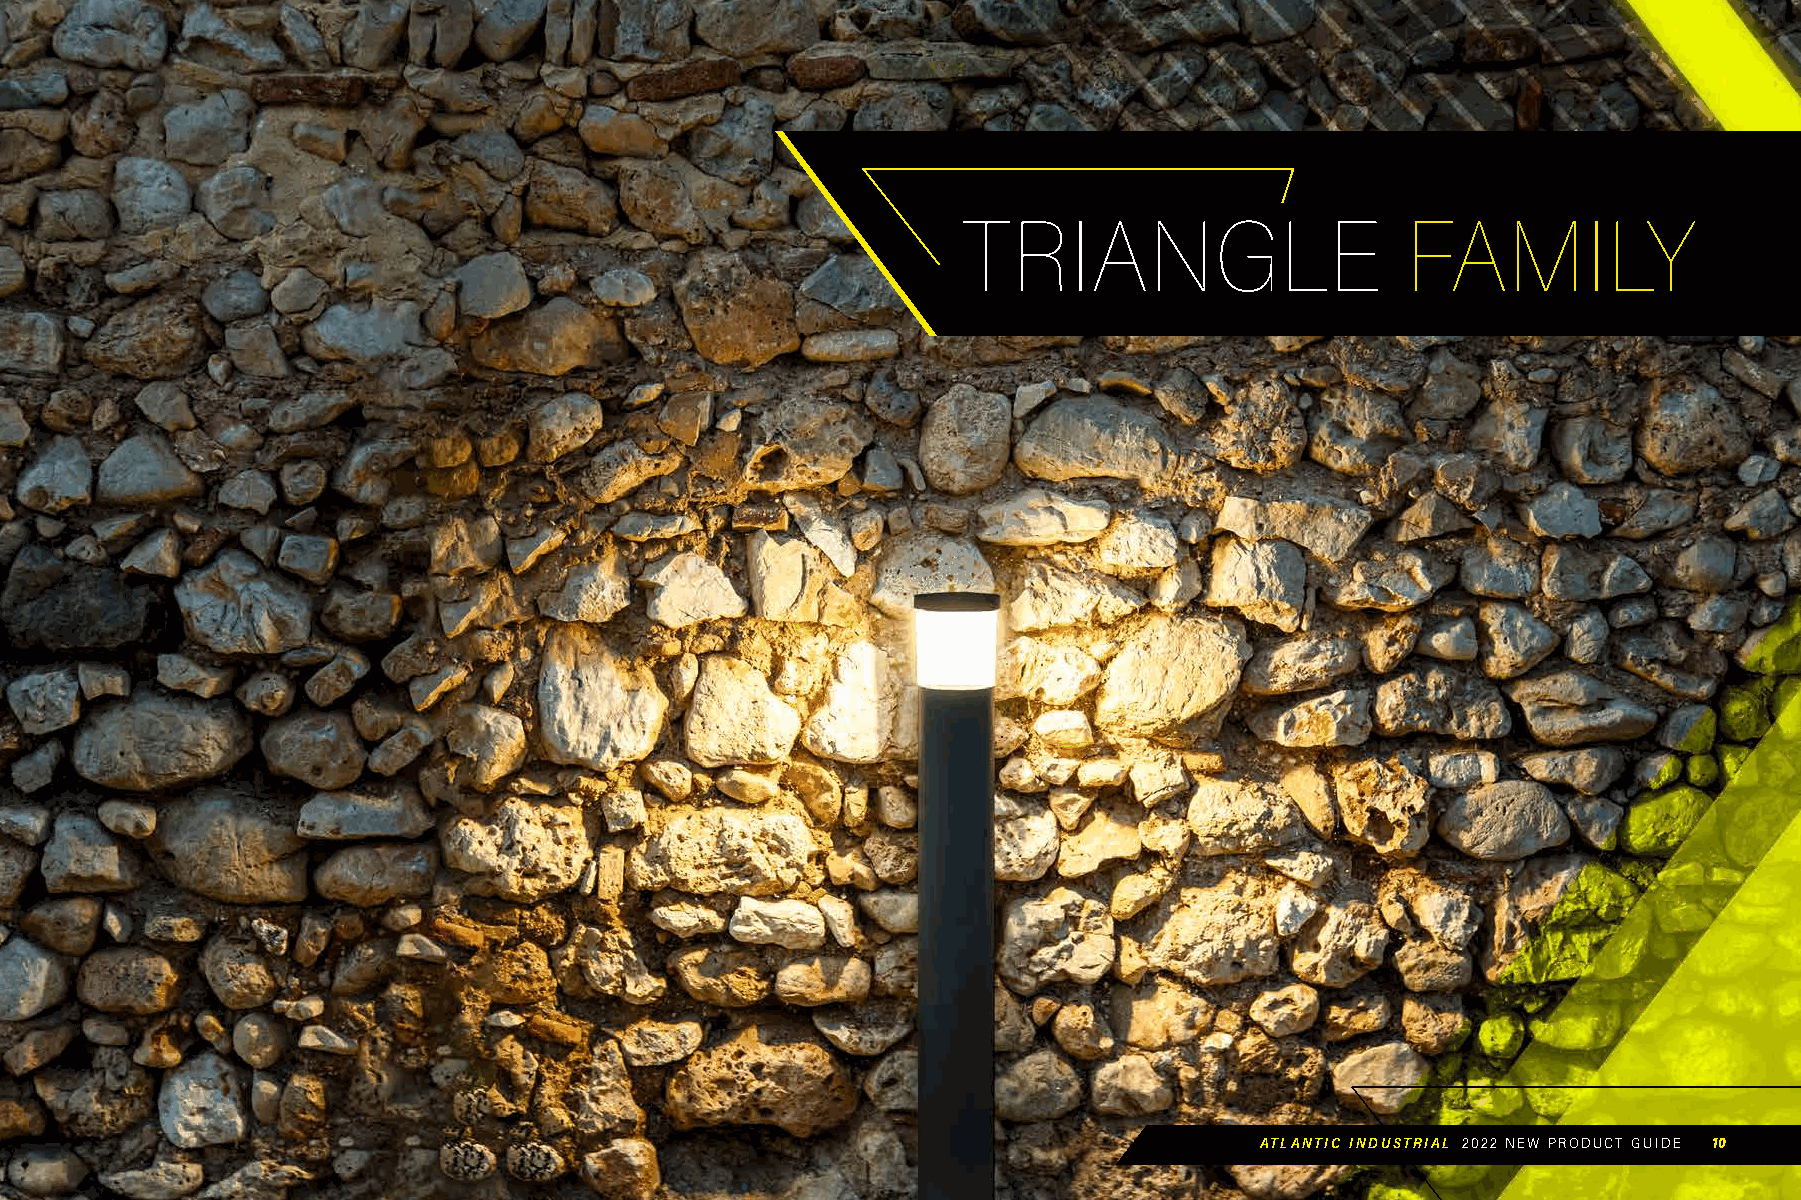
TRIANGLE                     FAMILY
 ATLANTIC INDUSTRIAL 2022 NEW PRODUCT GUIDE 10